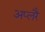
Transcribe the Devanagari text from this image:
अप्लरै